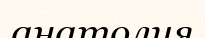
анатолия